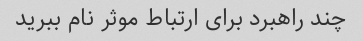
چند راهبرد برای ارتباط موثر نام ببرید